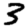
Digit: 3